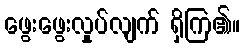
ဖွေးဖွေးလှုပ်လျက် ရှိကြ၏။